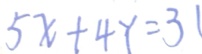
5 x + 4 Y = 3 1